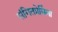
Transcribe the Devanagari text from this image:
संगितप्रेमिंना